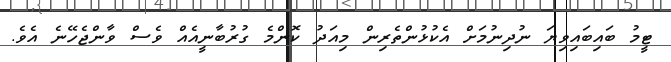
ޓީމު ބައިބައިވިޔަ ނުދިނުމަށް އެކުޅުންތެރިން މިއަދު ކޮންމެ ގުރުބާނީއެއް ވެސް ވާންޖެހޭނެ އެވެ.